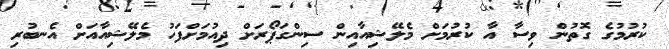
ކުރުމުގެ ގޮތުން ވިސާ އާ ކުރުމަށް މެލޭޝިއާއިން ސިންގަޕޯރަށް ދިއުމަށްފަހު މެލޭޝިއާއަށް އެނބުރި